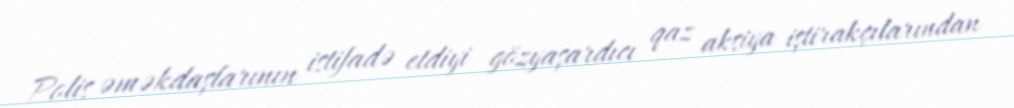
Polis əməkdaşlarının istifadə etdiyi gözyaşardıcı qaz aksiya iştirakçılarından